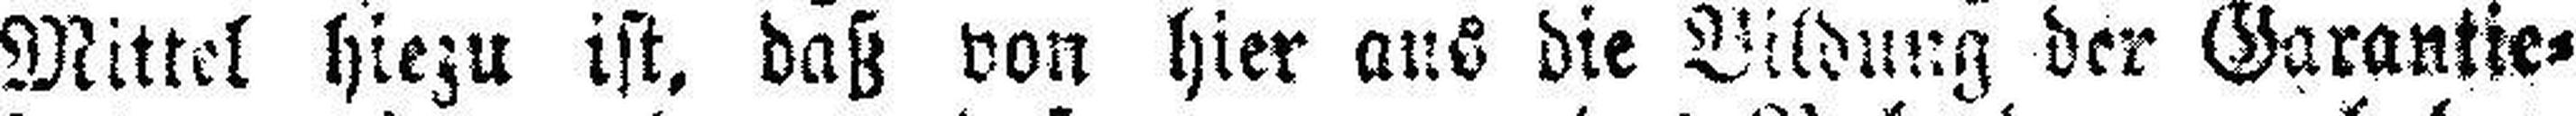
Mittel hiezu ist, daß von hier aus die Bildung der Garantie¬